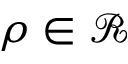
\rho \in \mathcal R